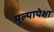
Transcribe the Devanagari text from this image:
मूल्यापेक्षा